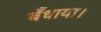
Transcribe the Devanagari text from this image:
बँधाया।